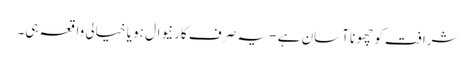
شرافت کو چھونا آسان ہے - یہ صرف کارنیوال ہو یا خیالی واقعہ ہی۔